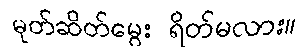
မုတ်ဆိတ်မွေး ရိတ်မလား။